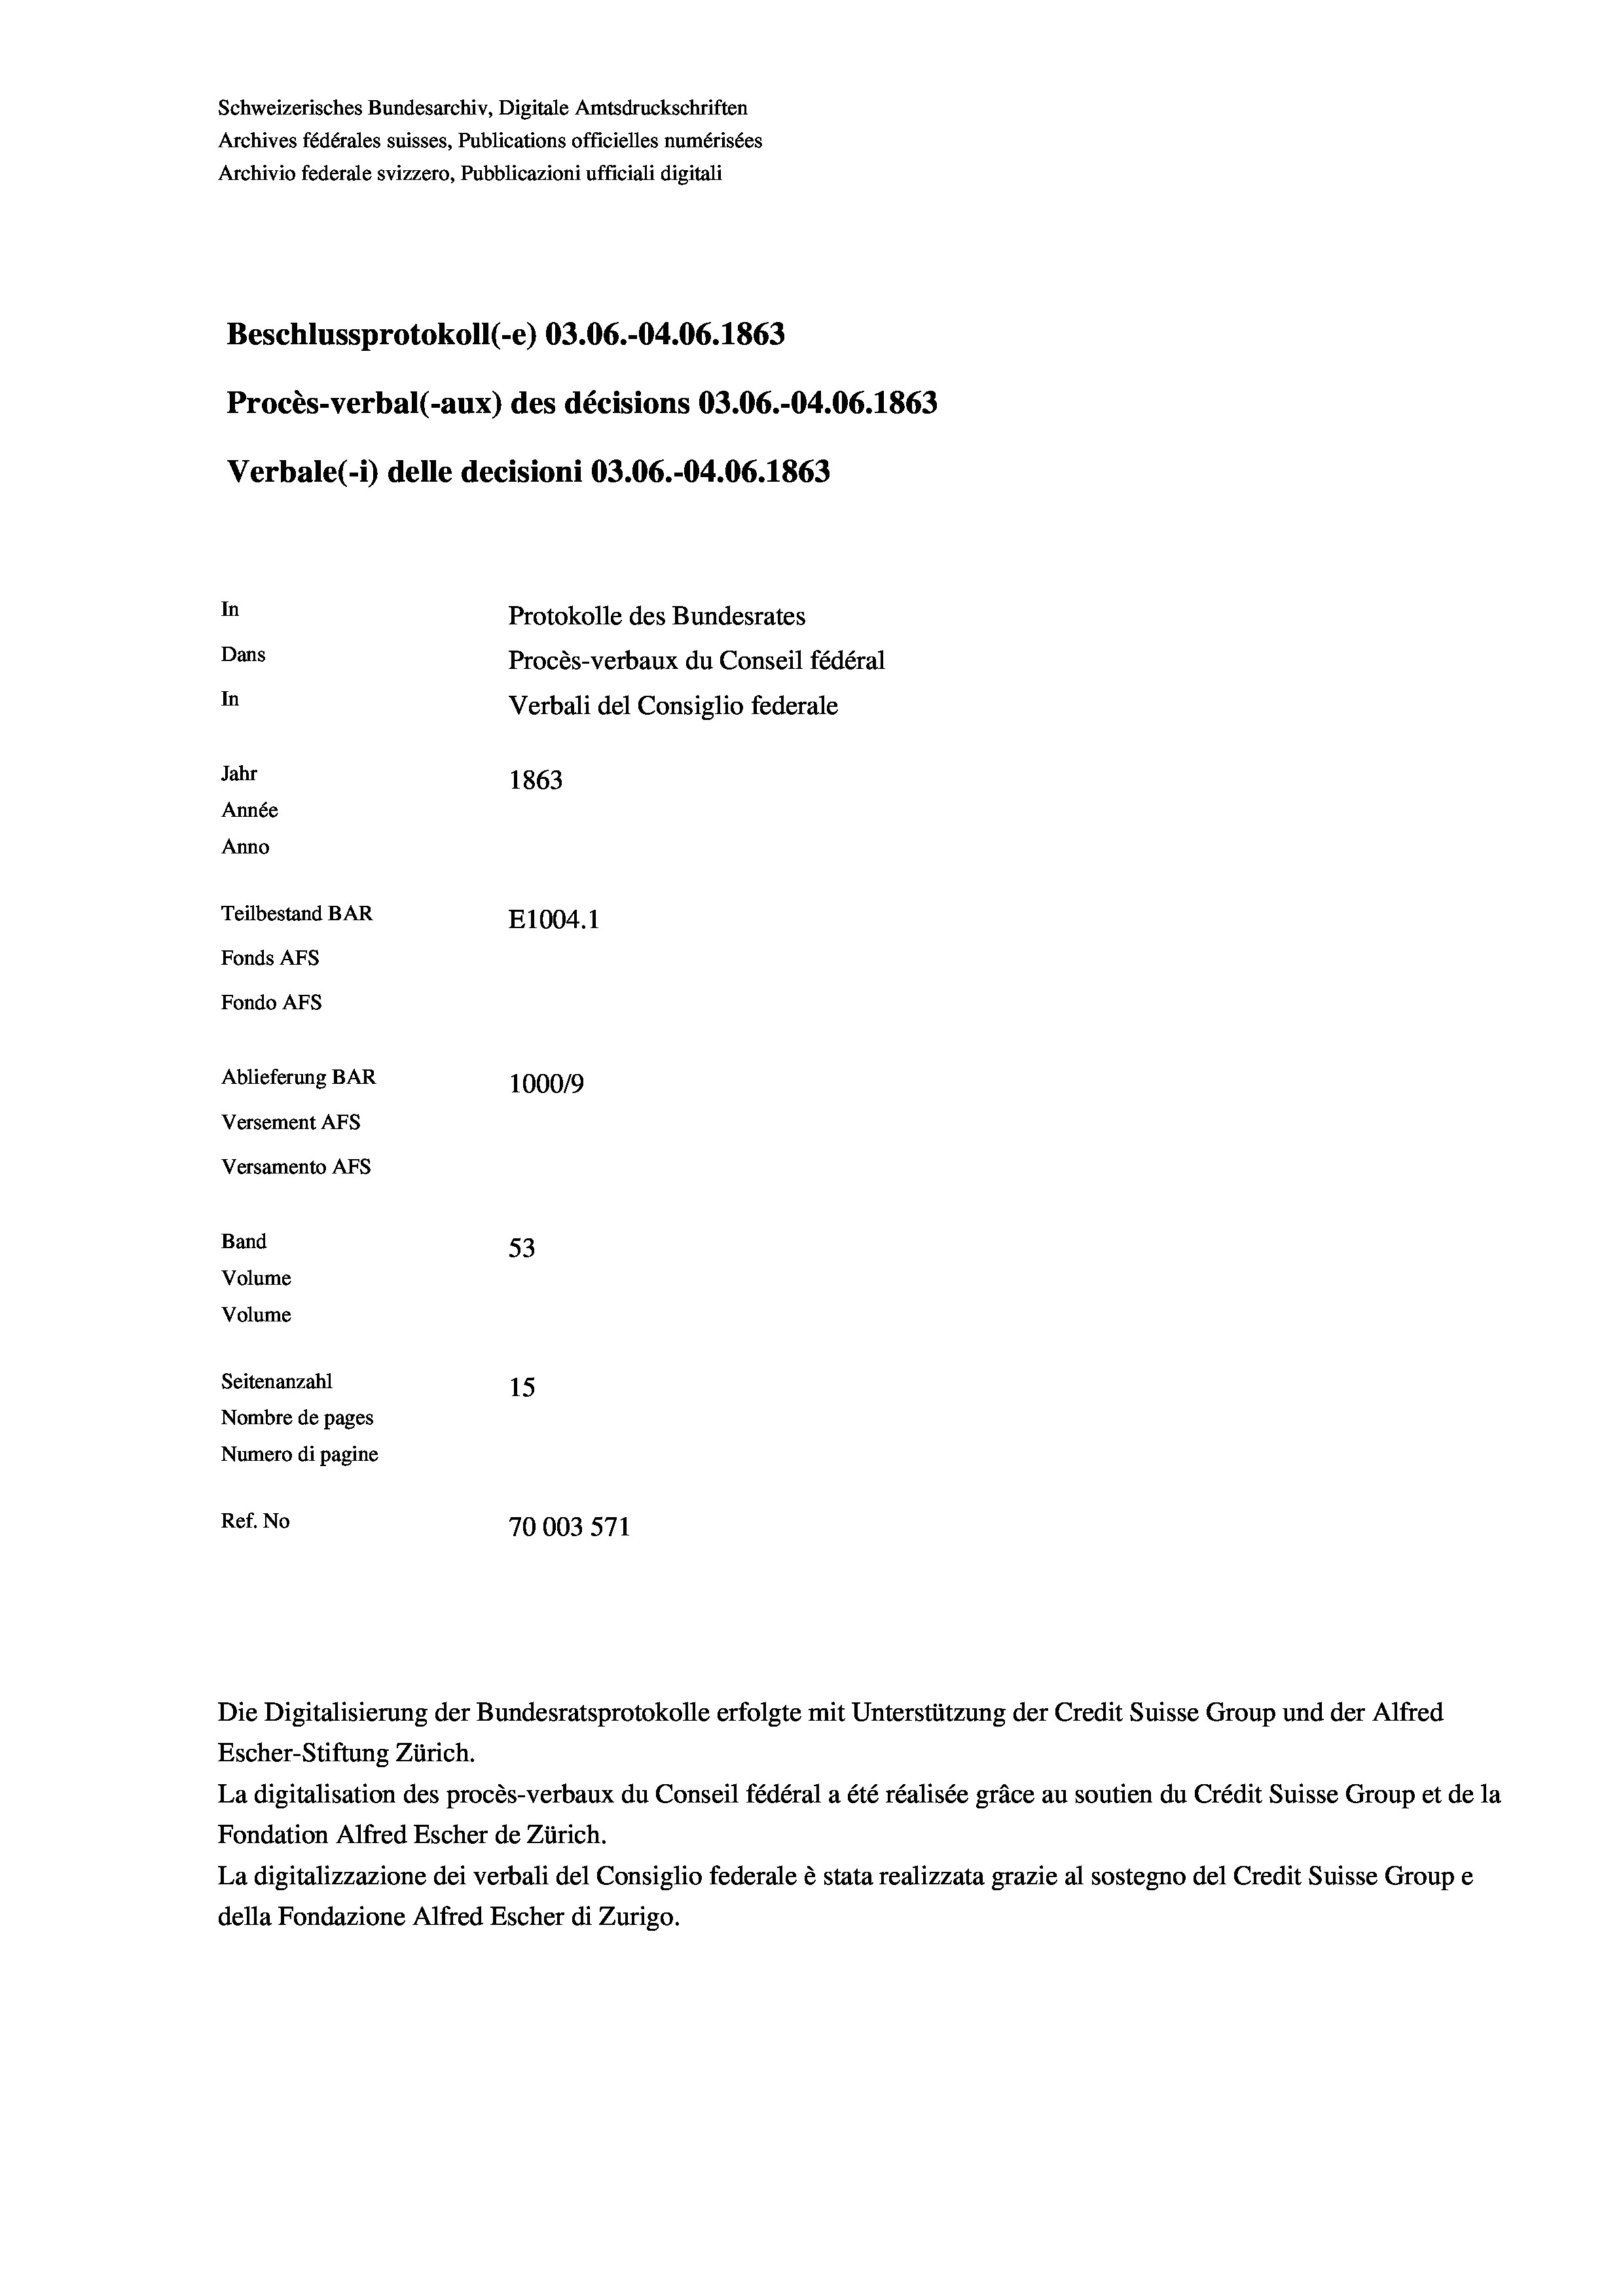
Schweizerisches Bundesarchiv, Digitale Amtsdruckschriften
Archives fédérales suisses, Publications officielles numérisées
Archivio federale svizzero, Pubblicazioni ufficiali digitali
Beschlussprotokoll (-e) 03.06.-04.06. 1863
Procès-verbal (-aux) des décisions 03.06.-04.06. 1863
Verbale (- 1) delle decisioni 03.06.-04.06. 1863
In
Protokolle des Bundesrates
Dans
Procès-verbaux du Conseil fédéral
In
Verbali del Consiglio federale
Jahr
1863
Année
Anno
Teilbestand BAR
E1004. 1
Fonds AFs
Fondo AFS
Ablieferung BAR
100019
Versement AFs
Versamento AFs
Band
53
Volume

Volume
Seitenanzahl
15
Nombre de pages
Numero di pagine
Ref. No
70003 571

Escher-Stiftung Zürich.
La digitalisation des procès-verbaux du Conseil fédéral a été réalisée gräce au soutien du Crédit Suisse Group et de la
Fondation Alfred Escher de Zürich.
La digitalizzazione dei verbali del Consiglio federale è stata realizzata grazie al sostegno del Credit Suisse Groupe
della Fondazione Alfred Escher di Zurigo.

Die Digitalisierung der Bundesratsprotokolle erfolgte mit Unterstützung der Credit Suisse Group und der Alfred